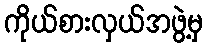
ကိုယ်စားလှယ်အဖွဲ့မှ